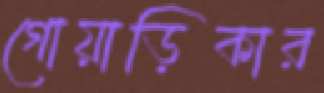
গোয়াড়িকার